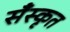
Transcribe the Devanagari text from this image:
सँस्कृत